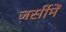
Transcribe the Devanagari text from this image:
जर्सीमें